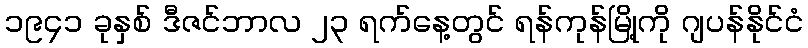
၁၉၄၁ ခုနှစ် ဒီဇင်ဘာလ ၂၃ ရက်နေ့တွင် ရန်ကုန်မြို့ကို ဂျပန်နိုင်ငံ